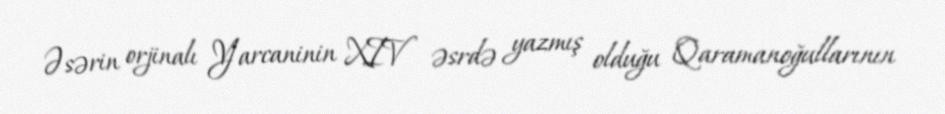
Əsərin orjinalı Yarcaninin XIV əsrdə yazmış olduğu Qaramanoğullarının